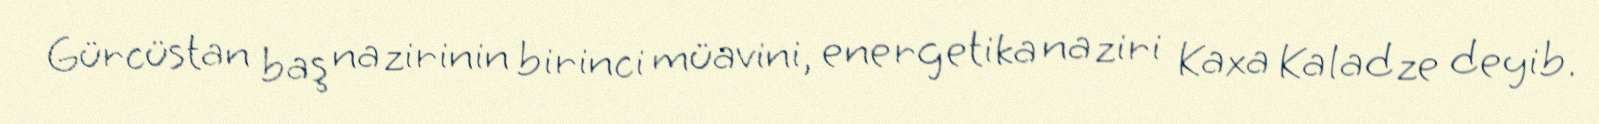
Gürcüstan baş nazirinin birinci müavini, energetika naziri Kaxa Kaladze deyib.